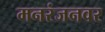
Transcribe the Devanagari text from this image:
मनरंजनवर